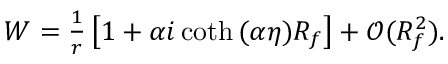
\begin{array} { r } { W = \frac { 1 } { r } \left[ 1 + \alpha i \coth { ( \alpha \eta ) } R _ { f } \right] + \mathcal { O } ( R _ { f } ^ { 2 } ) . } \end{array}